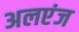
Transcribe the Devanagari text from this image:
अलएंज